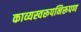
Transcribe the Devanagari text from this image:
काव्यस्वरूपनिरूपण